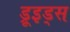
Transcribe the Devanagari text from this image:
ड्रूइड्स